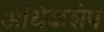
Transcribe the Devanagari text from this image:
अधिकशेप